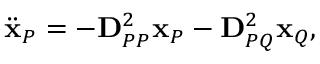
\ddot { \mathbf { x } } _ { P } = - \mathbf { D } _ { P P } ^ { 2 } \mathbf { x } _ { P } - \mathbf { D } _ { P Q } ^ { 2 } \mathbf { x } _ { Q } ,